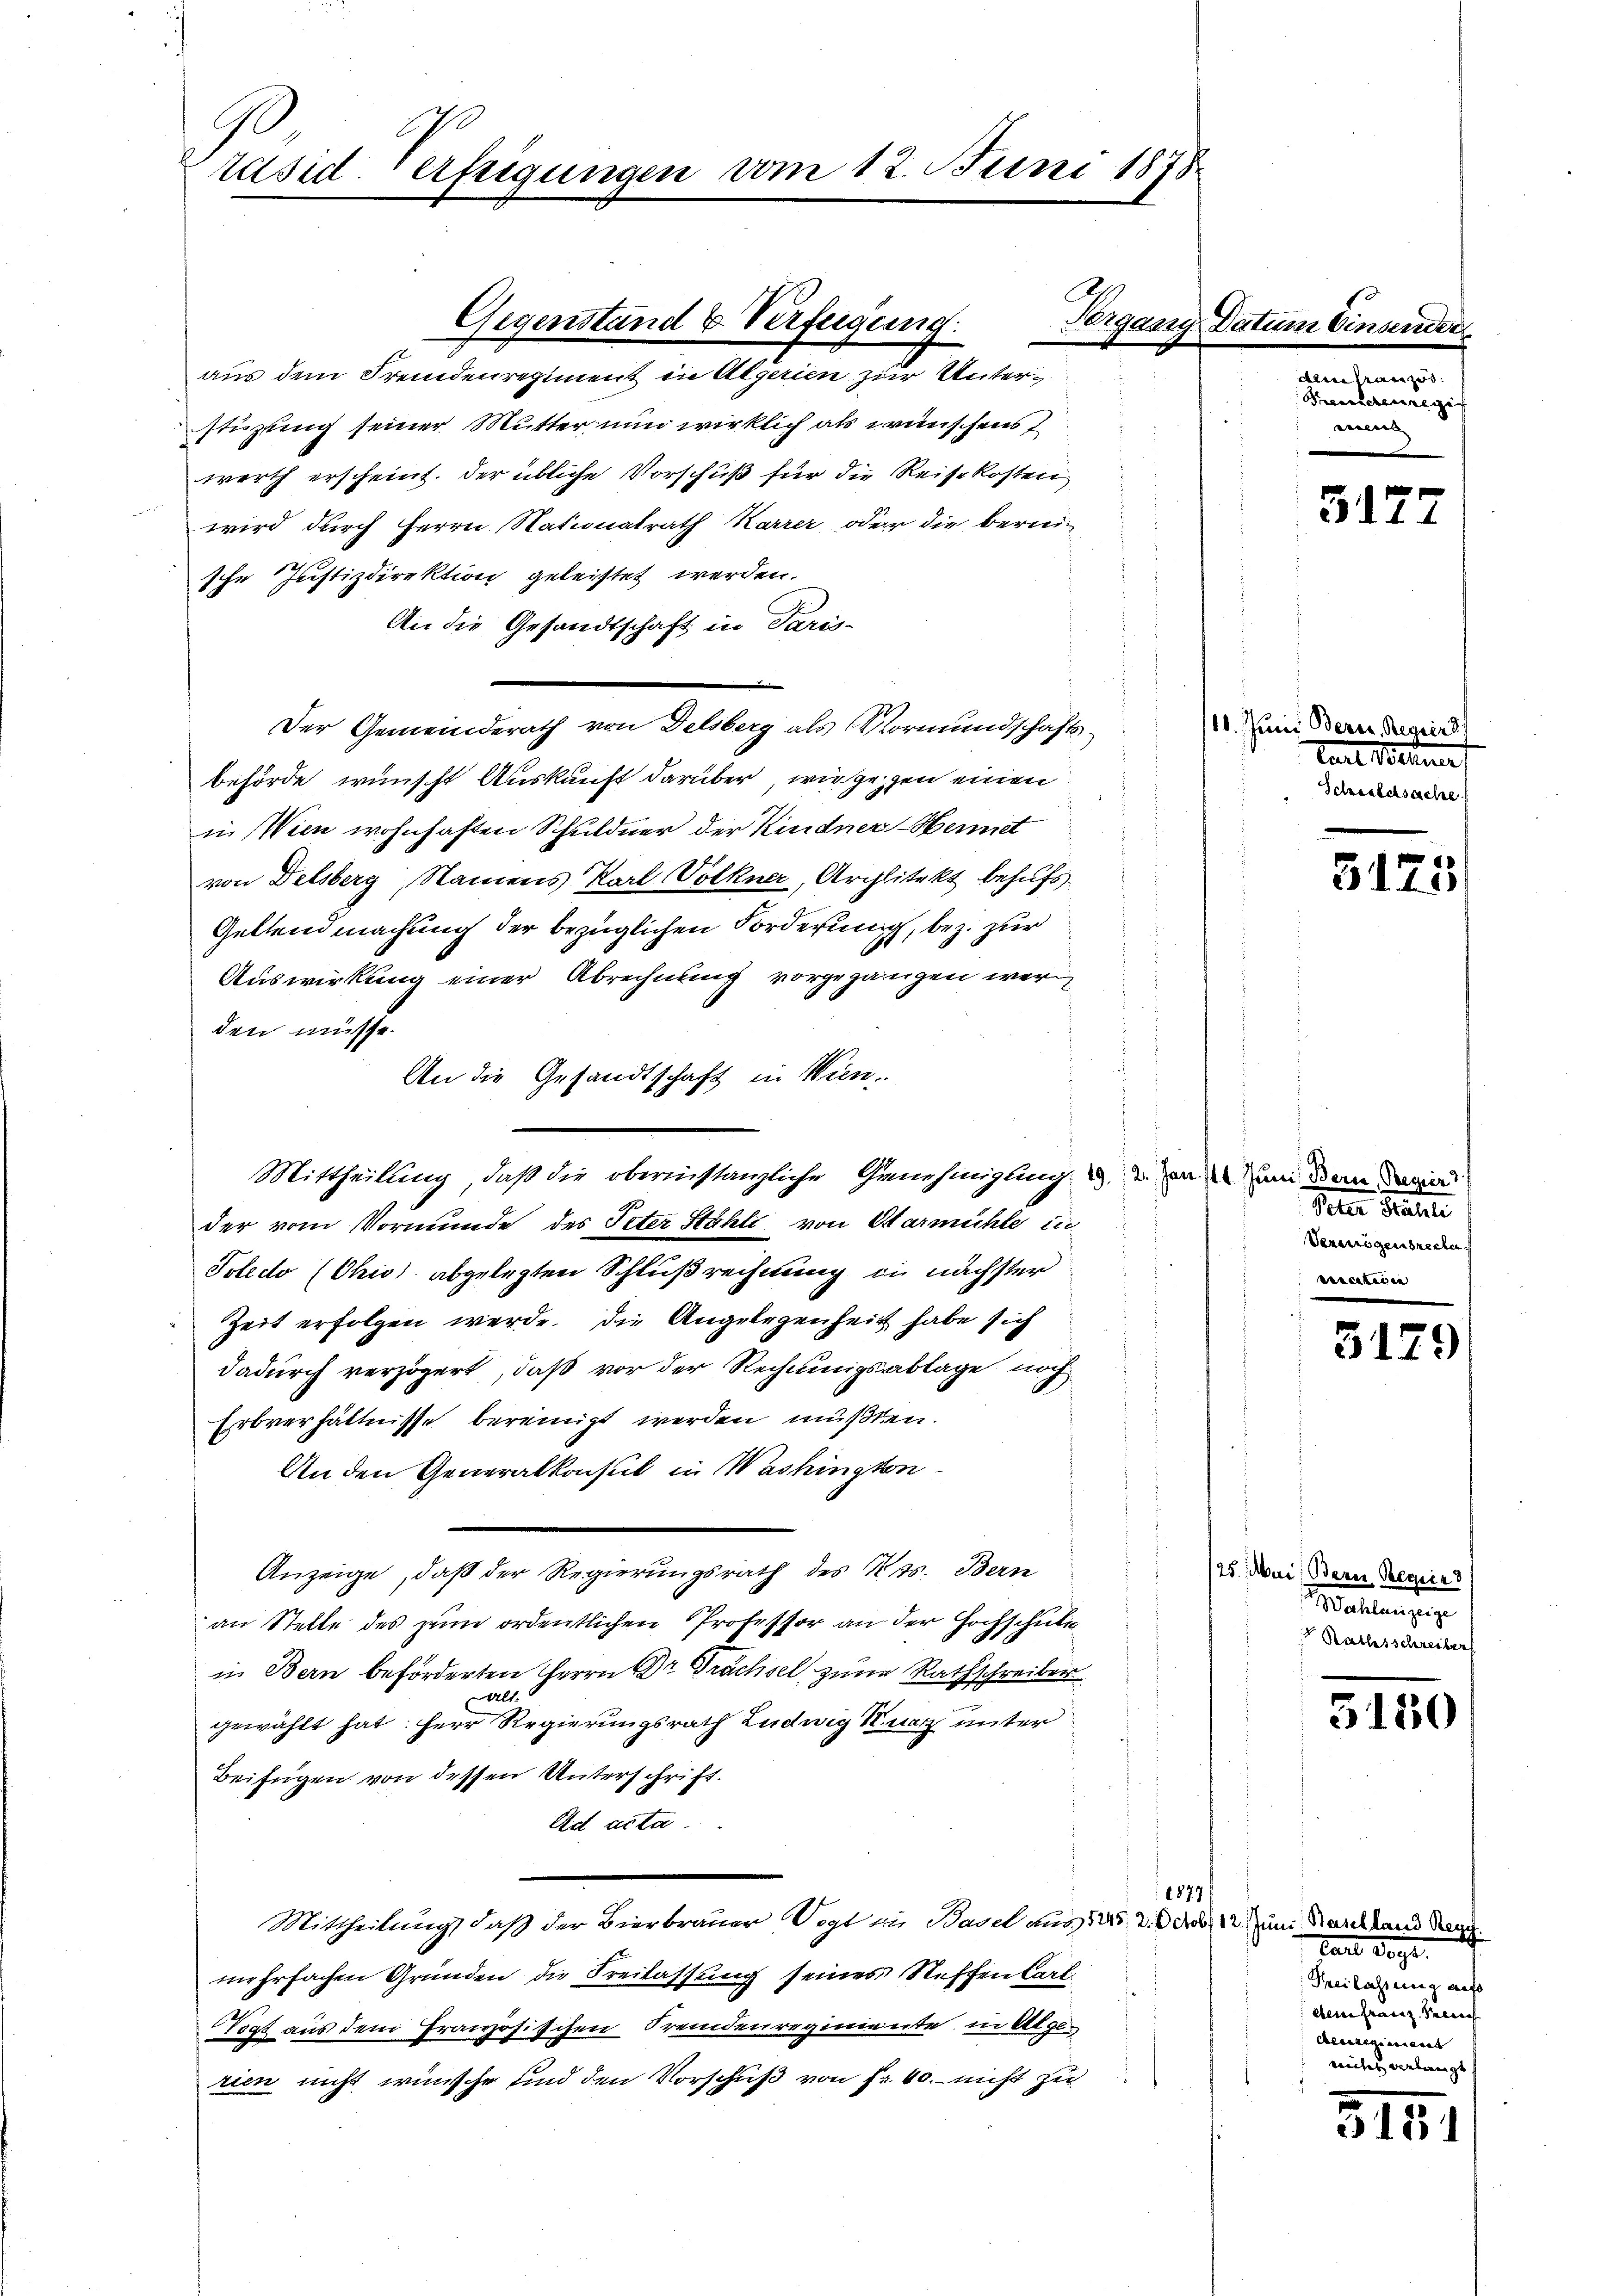
räsid. Verfeigungen vom 12. Juni 1878

stüzung seiner Mutter nun wirklich als wünschens
:
werth erscheint. Der übliche Vorschuß für die Reisekosten
wird durch Herrn Nationalrath Karrer, oder die bereische Justizdirektion geleistet werden.
An die Gesandtschaft in Paris-
Der Gemeinderath von Delsberg als Vormundschaftsbehörde wünscht Auskunft darüber wir gegen einen
in Wien wohnhaften Schuldner der Kindner Hennet
von Delsberg, Namens Karl Völkner, Architekt behufs
Geltendmachung der bezüglichen Forderung, bez. zur
Auswirkung einer Abrechnung vorgegangen wer
den müsse.
An die Gesandtschaft in Wien,
der vom Vormunde des Peter Stähli von Warmühle in
Poledo (Chio abgelegten Schlußrechnung in nächster
Zeit erfolgen werde. Die Angelegenheit habe sich
dadurch verzögert, daß vor der Rechnungsablage noch
Erbverhältnisse bereinigt werden mußten.
An den Generalkonsul in Washington¬
Anzeige, daß der Regierungsrath des Kts. Bern
an Stelle des zum ordentlichen Professor an der Hochschule
in Bern beförderten Herrn Dr Trächsel zum Rathschreiber
gewählt hat: Herr Regierungsrath Ludwig Kunz unter
Beifügen von dessen Unterschrift.
Ad acta.
Mittheilung, daß der Bierbrauer Vogt in Basel aus 125. 2. Octob. 12. Juni Baselland Tage.
mehrfachen Gründen die Freilassung seines Neffenbart
Vogt aus dem französischen Fremdenregimente in Algerien nicht wünsche und den Vorschuß von Fr. 40. nicht zu

Gegenstand & Verfügung:
aus dem Fremdenregiment in Algerien zur Unter¬

Mittheilung, daß die oberinstanzliche Genehmigung u. nun dem dan

1879

Vergang Datu

Einsender

dem Manzes.
Brennenregi
eeint |

3177

11. Juni Bern. Regier
taut Benef
Schriebesache

3175

Veter Prachte
Vermögen brechen

3179

125. Mai, Beren Begeis
Mahlen zuge
Rathsschreiber

5150

tant der
Freilassung auf
dem franz Preis
Alessene
mites verlangt

3151